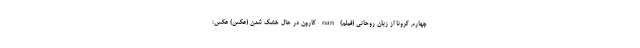
چهارم کرونا از زبان روحانی (فیلم) nan کارون در حال خشک شدن (عکس) عکس: